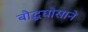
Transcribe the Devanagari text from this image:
बौद्धघोसाने